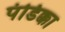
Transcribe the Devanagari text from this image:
पंडिक्का